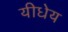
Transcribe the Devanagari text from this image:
यीधेय